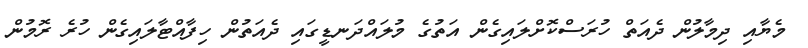
މެޔާއި ދިމާލުން ދެއަތް ހުރަސްކޮށްލައިގެން އަތުގެ މުލައްދަނޑީގައި ދެއަތުން ހިފާއްޓާލައިގެން ހުރެ ރޮމުން